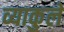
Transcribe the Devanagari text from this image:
व्याकुले